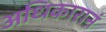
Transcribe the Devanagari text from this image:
अधिकारानं